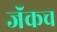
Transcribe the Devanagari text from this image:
जॅकच